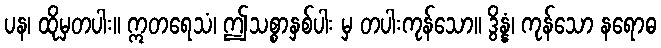
ပန၊ ထိုမှတပါး။ ဣတရေသံ၊ ဤသစ္စာနှစ်ပါး မှ တပါးကုန်သော။ ဒွိန္နံ၊ ကုန်သော နရောဓ